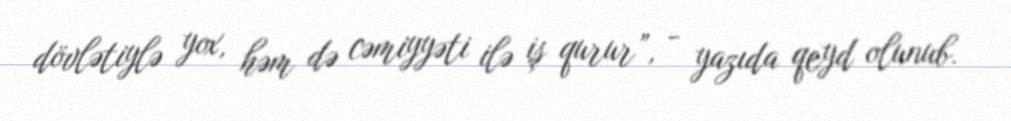
dövlətiylə yox, həm də cəmiyyəti ilə iş qurur”, - yazıda qeyd olunub.